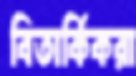
বিতার্কিকরা